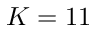
K = 1 1